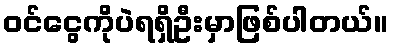
ဝင်ငွေကိုပဲရရှိဦးမှာဖြစ်ပါတယ်။